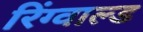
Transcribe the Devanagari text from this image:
रिंग्वाल्ड